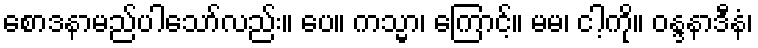
စောဒနာမည်ပါသော်လည်း။ ပေ။ ကသ္မာ၊ ကြောင့်။ မမ၊ ငါ့ကို။ ဝန္ဒနာဒီနံ၊